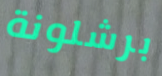
برشلونة